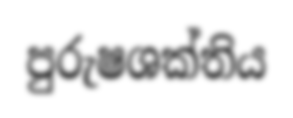
පුරුෂශක්තිය